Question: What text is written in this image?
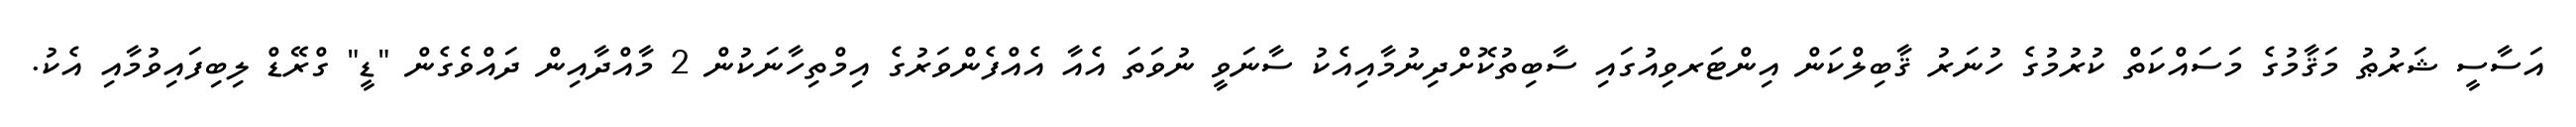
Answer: އަސާސީ ޝަރުޠު މަޤާމުގެ މަސައްކަތް ކުރުމުގެ ހުނަރު ޤާބިލްކަން އިންޓަރވިއުގައި ސާބިތުކޮށްދިނުމާއިއެކު ސާނަވީ ނުވަތަ އެއާ އެއްފެންވަރުގެ އިމްތިހާނަކުން 2 މާއްދާއިން ދައްވެގެން "ޑީ" ގްރޭޑް ލިބިފައިވުމާއި އެކު.